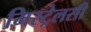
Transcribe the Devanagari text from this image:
मिस्ट्रेलसी